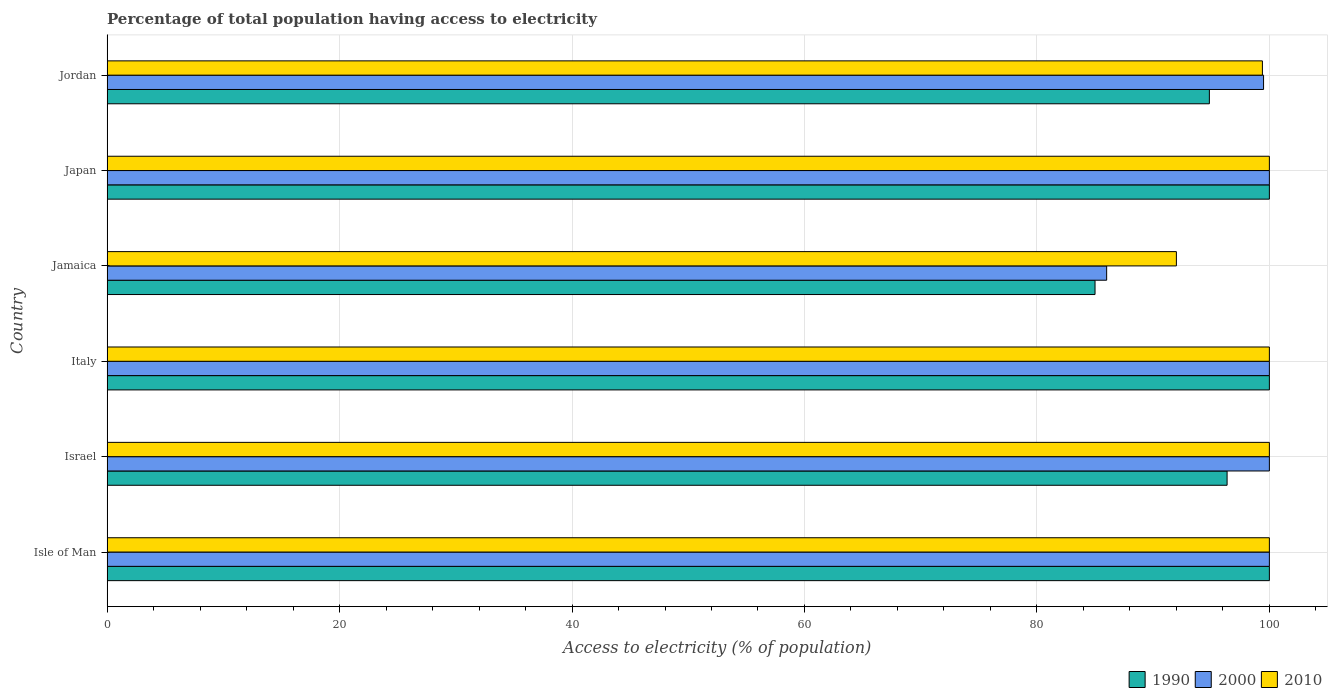
| Country | 1990 | 2000 | 2010 |
 | --- | --- | --- | --- |
 | Isle of Man | 100 | 100 | 100 |
 | Israel | 96.4 | 100 | 100 |
 | Italy | 100 | 100 | 100 |
 | Jamaica | 85 | 86 | 92 |
 | Japan | 100 | 100 | 100 |
 | Jordan | 94.8 | 99.5 | 99.4 |